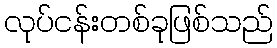
လုပ်ငန်းတစ်ခုဖြစ်သည်